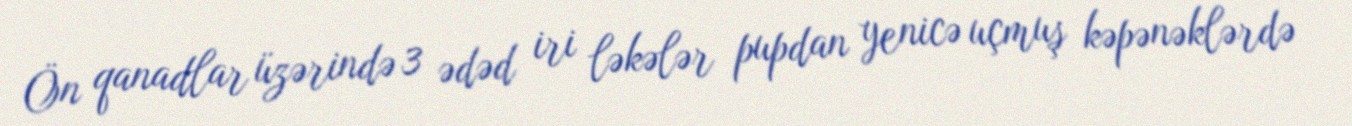
Ön qanadlar üzərində 3 ədəd iri ləkələr pupdan yenicə uçmuş kəpənəklərdə